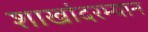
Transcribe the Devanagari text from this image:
शाखांदरम्यान